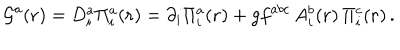
LaTeX: { \cal G } ^ { a } ( { \bf r } ) = D _ { i } ^ { a } \Pi _ { i } ^ { a } ( { \bf r } ) = \partial _ { i } \Pi _ { i } ^ { a } ( { \bf r } ) + g f ^ { a b c } \, A _ { i } ^ { b } ( { \bf r } ) \, \Pi _ { i } ^ { c } ( { \bf r } ) \, .